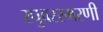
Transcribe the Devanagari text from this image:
रघुवरस्मरणी